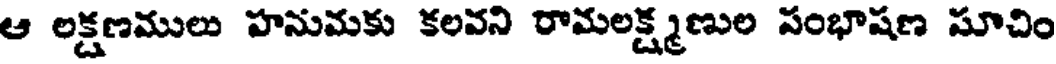
ఆ లక్షణములు హనుమకు కలవని రామలక్ష్మణుల పంభాషణ సూచిం